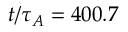
t / \tau _ { A } = 4 0 0 . 7